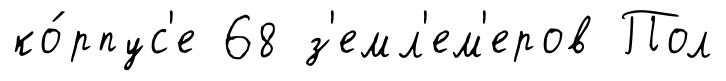
ко́рпус'е 68 з'емл'ем'еров Пол